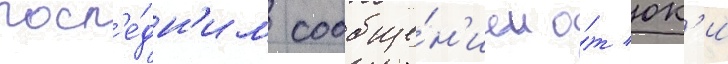
посл'е́дн'им сообще́н'ием о́т юк'и